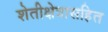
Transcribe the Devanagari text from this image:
शेतीक्षेत्रासहित